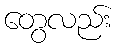
တွေလည်း